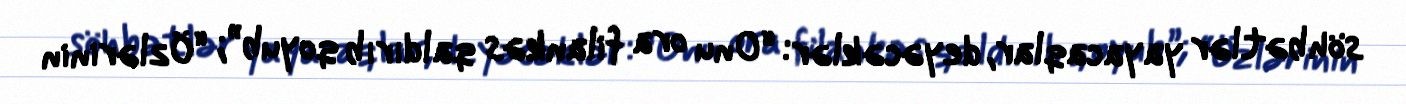
söhbətlər yayacaqlar, deyəcəklər: “Onu ora filankəs qaldırıb qoyub”; “Özlərinin